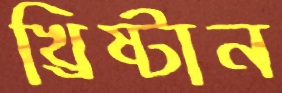
খ্রিষ্টান